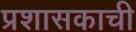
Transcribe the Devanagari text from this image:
प्रशासकाची